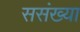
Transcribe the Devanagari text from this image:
ससंख्या